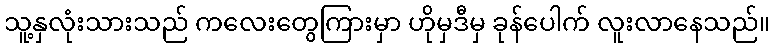
သူ့နှလုံးသားသည် ကလေးတွေကြားမှာ ဟိုမှဒီမှ ခုန်ပေါက် လူးလာနေသည်။